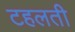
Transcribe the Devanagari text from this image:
टहलती